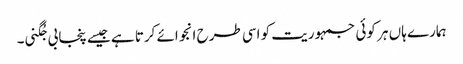
ہمارے ہاں ہر کوئی جمہوریت کو اسی طرح انجوائے کرتا ہے جیسے پنجابی جُگنی۔